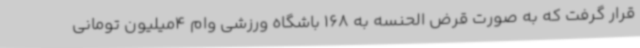
قرار گرفت که به صورت قرض الحنسه به 168 باشگاه ورزشی وام 4میلیون تومانی